Scottish Certificate of Education, 1963
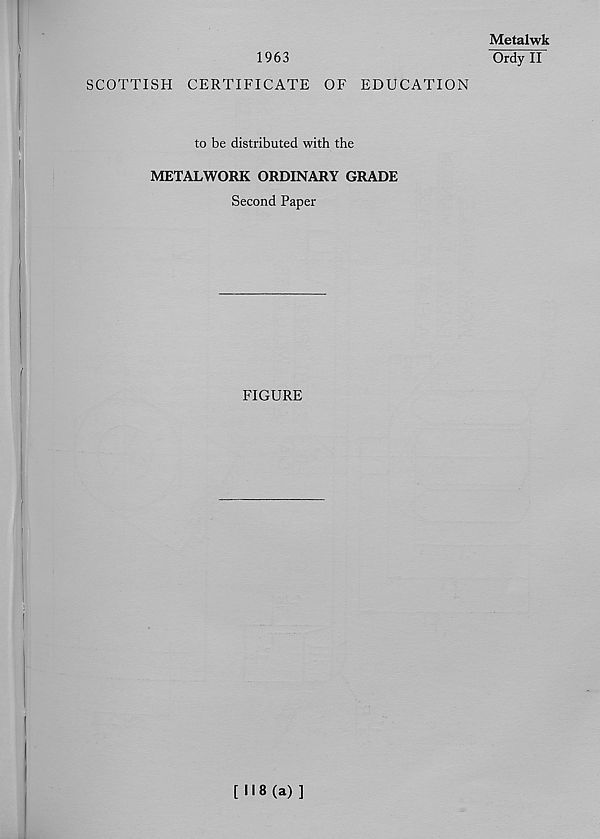
1963
SCOTTISH CERTIFICATE OF EDUCATION
to be distributed with the
METALWORK ORDINARY GRADE
Second Paper
FIGURE
Metalwk
Ordy II
[ 11 8 (a) ]